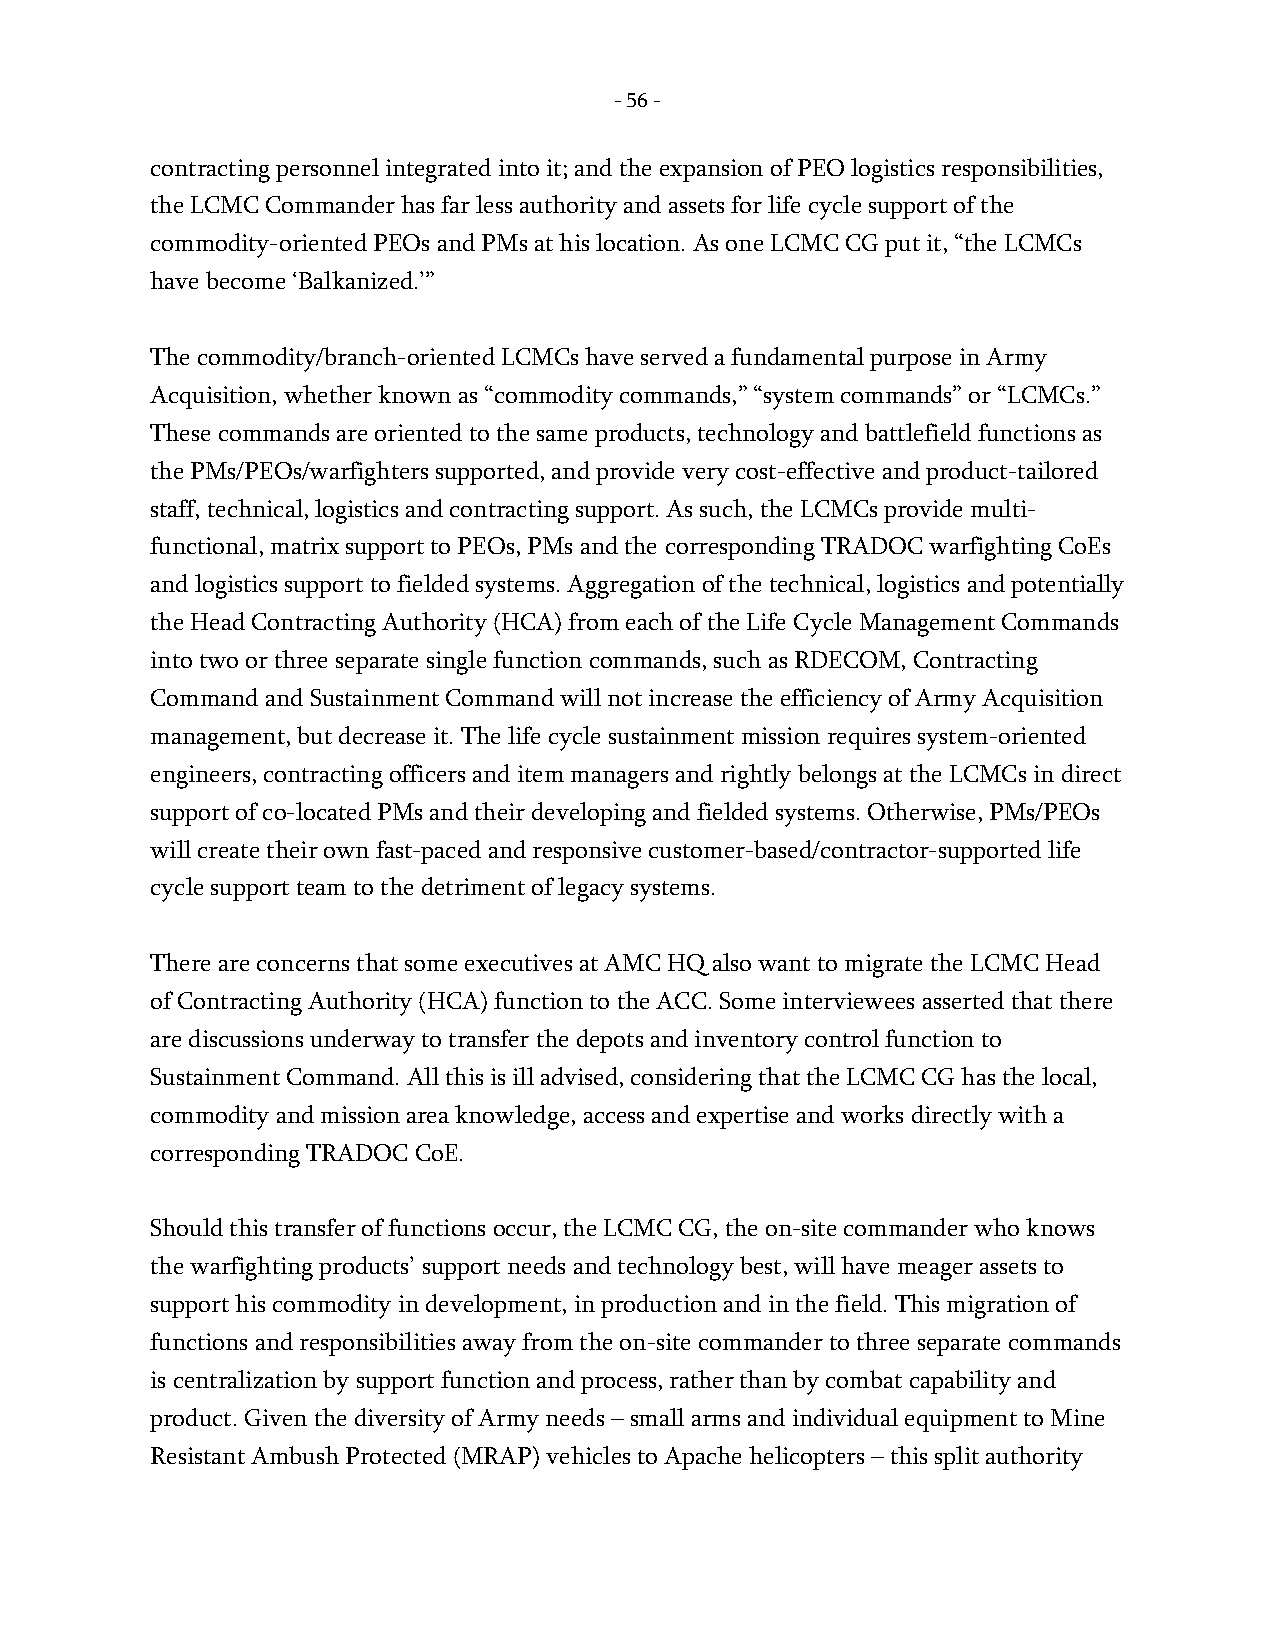
- 56 -
 contracting personnel integrated into it; and the expansion of PEO logistics responsibilities,
 the LCMC Commander has far less authority and assets for life cycle support of the
 commodity-oriented PEOs and PMs at his location. As one LCMC CG put it, “the LCMCs
 have become ‘Balkanized.’”
 The commodity/branch-oriented LCMCs have served a fundamental purpose in Army
 Acquisition, whether known as “commodity commands,” “system commands” or “LCMCs.”
 These commands are oriented to the same products, technology and battlefield functions as
 the PMs/PEOs/warfighters supported, and provide very cost-effective and product-tailored
 staff, technical, logistics and contracting support. As such, the LCMCs provide multi-
 functional, matrix support to PEOs, PMs and the corresponding TRADOC warfighting CoEs
 and logistics support to fielded systems. Aggregation of the technical, logistics and potentially
 the Head Contracting Authority (HCA) from each of the Life Cycle Management Commands
 into two or three separate single function commands, such as RDECOM, Contracting
 Command and Sustainment Command will not increase the efficiency of Army Acquisition
 management, but decrease it. The life cycle sustainment mission requires system-oriented
 engineers, contracting officers and item managers and rightly belongs at the LCMCs in direct
 support of co-located PMs and their developing and fielded systems. Otherwise, PMs/PEOs
 will create their own fast-paced and responsive customer-based/contractor-supported life
 cycle support team to the detriment of legacy systems.
 There are concerns that some executives at AMC HQ also want to migrate the LCMC Head
 of Contracting Authority (HCA) function to the ACC. Some interviewees asserted that there
 are discussions underway to transfer the depots and inventory control function to
 Sustainment Command. All this is ill advised, considering that the LCMC CG has the local,
 commodity and mission area knowledge, access and expertise and works directly with a
 corresponding TRADOC CoE.
 Should this transfer of functions occur, the LCMC CG, the on-site commander who knows
 the warfighting products’ support needs and technology best, will have meager assets to
 support his commodity in development, in production and in the field. This migration of
 functions and responsibilities away from the on-site commander to three separate commands
 is centralization by support function and process, rather than by combat capability and
 product. Given the diversity of Army needs – small arms and individual equipment to Mine
 Resistant Ambush Protected (MRAP) vehicles to Apache helicopters – this split authority
 -
 56
 -